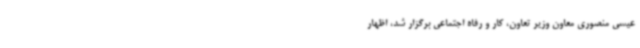
عیسی منصوری معاون وزیر تعاون، کار و رفاه اجتماعی برگزار شد، اظهار